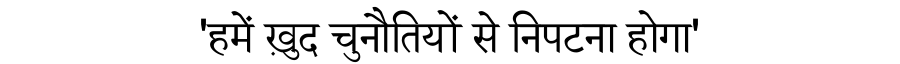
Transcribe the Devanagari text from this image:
'हमें ख़ुद चुनौतियों से निपटना होगा'